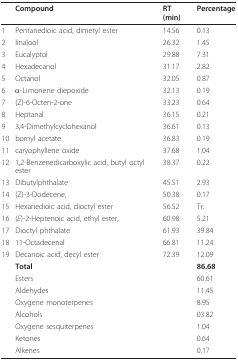
<table><thead><tr><td></td><td><b>Compound</b></td><td><b>RT (min)</b></td><td><b>Percentage</b></td></tr></thead><tbody><tr><td>1</td><td>Pentanedioic acid, dimetyl ester</td><td>14.56</td><td>0.13</td></tr><tr><td>2</td><td>linalool</td><td>26.32</td><td>1.45</td></tr><tr><td>3</td><td>Eucalyptol</td><td>29.88</td><td>7.31</td></tr><tr><td>4</td><td>Hexadecanol</td><td>31.17</td><td>2.82</td></tr><tr><td>5</td><td>Octanol</td><td>32.05</td><td>0.87</td></tr><tr><td>6</td><td>α-Limonene diepoxide</td><td>32.13</td><td>0.19</td></tr><tr><td>7</td><td>(Z)-6-Octen-2-one</td><td>33.23</td><td>0.64</td></tr><tr><td>8</td><td>Heptanal</td><td>36.15</td><td>0.21</td></tr><tr><td>9</td><td>3,4-Dimethylcyclohexanol</td><td>36.61</td><td>0.13</td></tr><tr><td>10</td><td>bornyl acetate</td><td>36.83</td><td>0.19</td></tr><tr><td>11</td><td>caryophyllene oxide</td><td>37.68</td><td>1.04</td></tr><tr><td>12</td><td>1,2-Benzenedicarboxylic acid, butyl octyl ester</td><td>38.37</td><td>0.22</td></tr><tr><td>13</td><td>Dibutylphthalate</td><td>45.51</td><td>2.93</td></tr><tr><td>14</td><td>(Z)-3-Dodecene,</td><td>50.38</td><td>0.17</td></tr><tr><td>15</td><td>Hexanedioic acid, dioctyl ester</td><td>56.52</td><td>Tr.</td></tr><tr><td>16</td><td>(<i>E</i>)-2-Heptenoic acid, ethyl ester,</td><td>60.98</td><td>5.21</td></tr><tr><td>17</td><td>Dioctyl phthalate</td><td>61.93</td><td>39.84</td></tr><tr><td>18</td><td>11-Octadecenal</td><td>66.81</td><td>11.24</td></tr><tr><td>19</td><td>Decanoic acid, decyl ester</td><td>72.39</td><td>12.09</td></tr><tr><td></td><td><b>Total</b></td><td></td><td><b>86.68</b></td></tr><tr><td></td><td>Esters</td><td></td><td>60.61</td></tr><tr><td></td><td>Aldehydes</td><td></td><td>11.45</td></tr><tr><td></td><td>Oxygene monoterpenes</td><td></td><td>8.95</td></tr><tr><td></td><td>Alcohols</td><td></td><td>03.82</td></tr><tr><td></td><td>Oxygene sesquiterpenes</td><td></td><td>1.04</td></tr><tr><td></td><td>Ketones</td><td></td><td>0.64</td></tr><tr><td></td><td>Alkenes</td><td></td><td>0.17</td></tr></tbody></table>